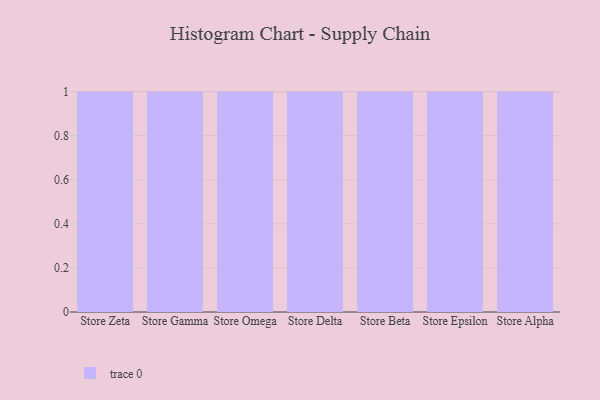
{"axis": {"x": "Store", "y": "Budget (USD K)"}, "legend": [""], "data": [{"x": "Store Zeta", "y": 93, "type": ""}, {"x": "Store Gamma", "y": 54, "type": ""}, {"x": "Store Omega", "y": 84, "type": ""}, {"x": "Store Delta", "y": 28, "type": ""}, {"x": "Store Beta", "y": 47, "type": ""}, {"x": "Store Epsilon", "y": 31, "type": ""}, {"x": "Store Alpha", "y": 61, "type": ""}]}